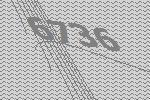
6736